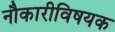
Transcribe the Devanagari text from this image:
नौकारीविषयक